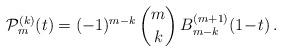
LaTeX: \begin{align*}\mathcal{P}_m^{(k)}(t) = (-1)^{m-k}\,{m \choose k}\,B_{m-k}^{(m+1)}(1\! -\! t)\,. \end{align*}